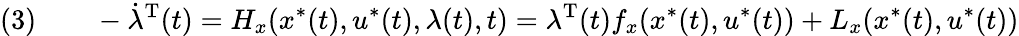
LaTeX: (3)\qquad-{\dot{\lambda}}^{\mathrm{{T}}}(t)=H_{x}(x^{*}(t),u^{*}(t),\lambda(t),t)=\lambda^{\mathrm{{T}}}(t)f_{x}(x^{*}(t),u^{*}(t))+L_{x}(x^{*}(t),u^{*}(t))